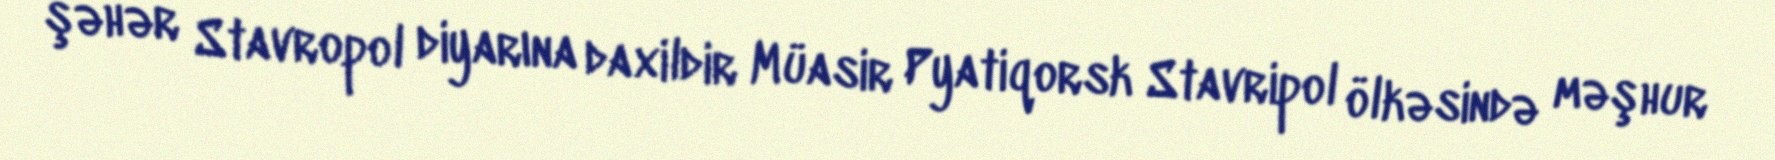
şəhər Stavropol diyarına daxildir Müasir Pyatiqorsk Stavripol ölkəsində məşhur